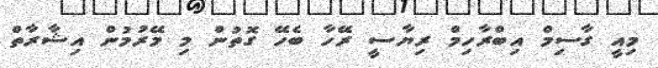
މިއީ ގާސިމް އިބްރާހިމް ރިޔާސީ ރޭހާ ބެހޭ ގޮތުން މި މޭރުމުން އިޝާރާތް